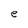
Character: e